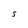
Character: S